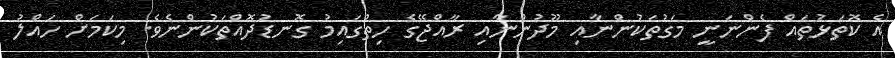
އެ ކޮތަޅުތައް ފެންނަނީ މަގުތަކުންނާއި މޫދުންނާއި ރާއްޖޭގެ ހިތްގައިމު ގޮނޑުދޮއްތަކުންނެވެ. މިކަމަށް ހައްލު